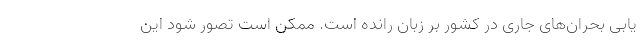
یابی بحران‌های جاری در کشور بر زبان رانده است. ممکن است تصور شود این